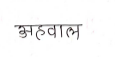
मजकूर: अहवाल